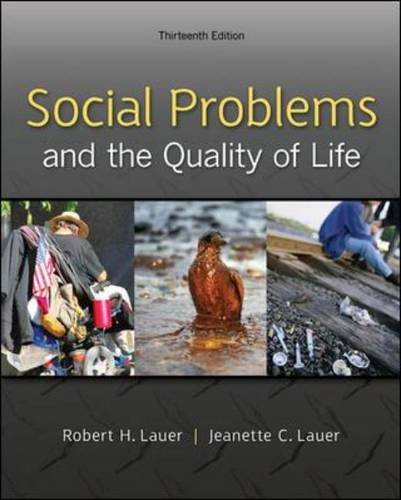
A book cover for Social Problems and the Quality of Life, 13th Edition; Robert H. Lauer; Politics & Social Sciences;